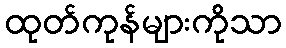
ထုတ်ကုန်များကိုသာ